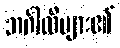
ဘင်္ဂါလီများ၏